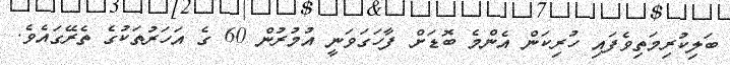
ބަލިކުރިމަތިވެފައި ހުރިކަން އެންމެ ބޮޑަށް ފާހަގަވަނީ އުމުރުން 60 ގެ އަހަރުތަކުގެ ތެރޭގައެވެ.